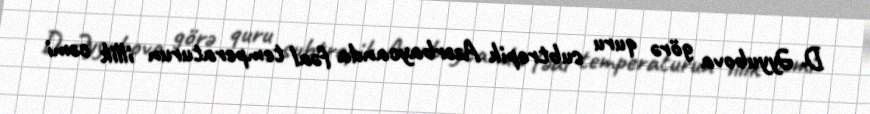
D. Əyyubova görə quru subtropik Azərbaycanda fəal temperaturun illik cəmi